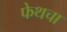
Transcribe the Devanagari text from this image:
फेथचा